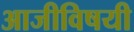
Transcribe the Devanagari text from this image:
आजीविषयी